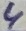
Text: 4